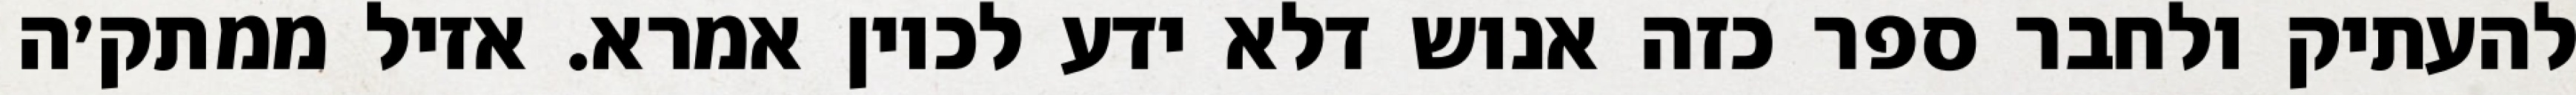
להעתיק ולחבר ספר כזה אנוש דלא ידע לכוין אמרא. אזיל ממתק׳ה